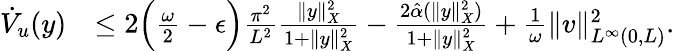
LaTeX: \begin{array}{rl}{\dot{V}_{u}(y)}&{\leq 2\Big(\frac{\omega}{2}-\epsilon\Big)\frac{\pi^{2}}{L^{2}}\frac{\| y\| _{X}^{2}}{1+\| y\| _{X}^{2}}-\frac{2\hat{\alpha}(\| y\| _{X}^{2})}{1+\| y\| _{X}^{2}}+\frac{1}{\omega}\| v\| _{L^{\infty}(0,L)}^{2}.}\end{array}